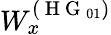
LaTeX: W_{x}^{(\mathrm{~H~G~}_{01})}